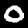
Digit: 0